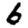
Digit: 6